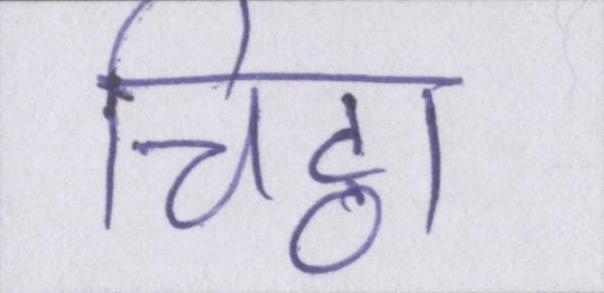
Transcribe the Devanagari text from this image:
चिट्ठा